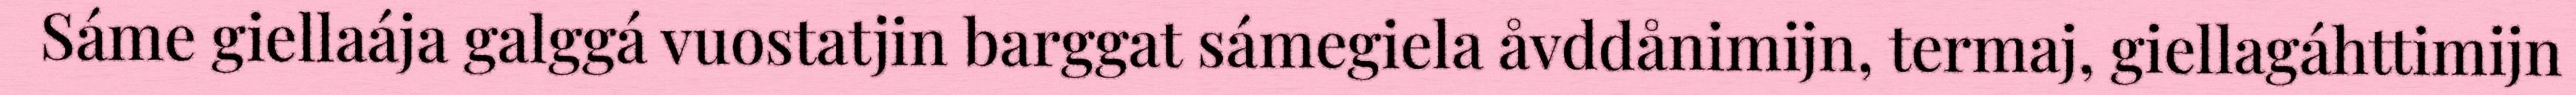
Sáme giellaája galggá vuostatjin barggat sámegiela åvddånimijn, termaj, giellagáhttimijn